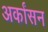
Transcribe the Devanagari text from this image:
अर्कांसन